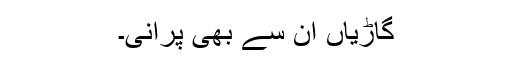
گاڑیاں ان سے بھی پرانی۔